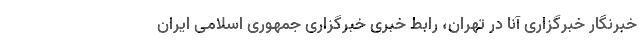
خبرنگار خبرگزاری آنا در تهران، رابط خبری خبرگزاری جمهوری اسلامی ایران